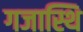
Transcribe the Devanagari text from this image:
गजास्थि